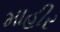
માહીર